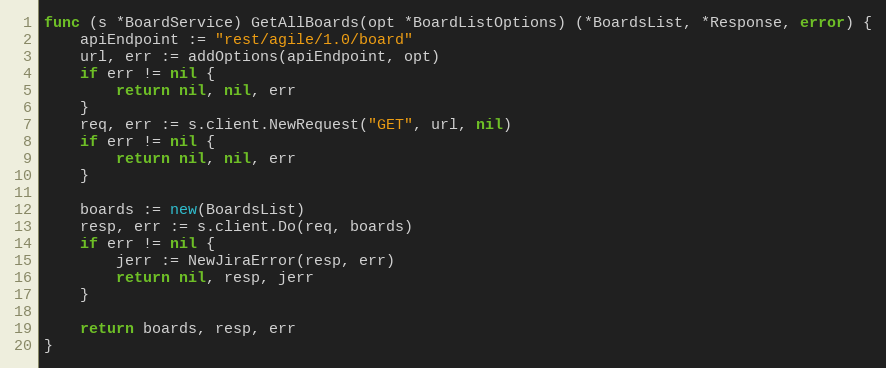
Language: Go
func (s *BoardService) GetAllBoards(opt *BoardListOptions) (*BoardsList, *Response, error) {
	apiEndpoint := "rest/agile/1.0/board"
	url, err := addOptions(apiEndpoint, opt)
	if err != nil {
		return nil, nil, err
	}
	req, err := s.client.NewRequest("GET", url, nil)
	if err != nil {
		return nil, nil, err
	}

	boards := new(BoardsList)
	resp, err := s.client.Do(req, boards)
	if err != nil {
		jerr := NewJiraError(resp, err)
		return nil, resp, jerr
	}

	return boards, resp, err
}